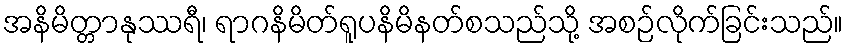
အနိမိတ္တာနုဿရီ၊ ရာဂနိမိတ်ရူပနိမိနတ်စသည်သို့ အစဉ်လိုက်ခြင်းသည်။